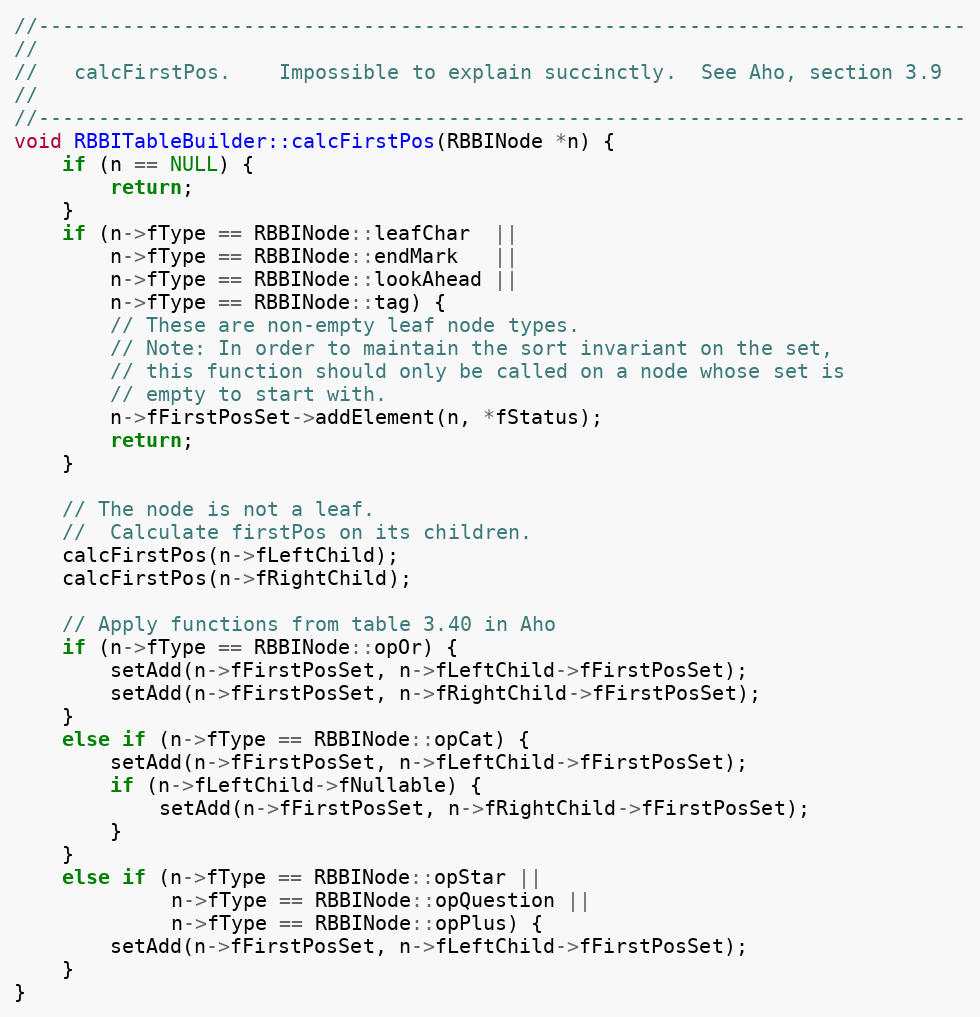
Language: C++
//-----------------------------------------------------------------------------
//
//   calcFirstPos.    Impossible to explain succinctly.  See Aho, section 3.9
//
//-----------------------------------------------------------------------------
void RBBITableBuilder::calcFirstPos(RBBINode *n) {
    if (n == NULL) {
        return;
    }
    if (n->fType == RBBINode::leafChar  ||
        n->fType == RBBINode::endMark   ||
        n->fType == RBBINode::lookAhead ||
        n->fType == RBBINode::tag) {
        // These are non-empty leaf node types.
        // Note: In order to maintain the sort invariant on the set,
        // this function should only be called on a node whose set is
        // empty to start with.
        n->fFirstPosSet->addElement(n, *fStatus);
        return;
    }

    // The node is not a leaf.
    //  Calculate firstPos on its children.
    calcFirstPos(n->fLeftChild);
    calcFirstPos(n->fRightChild);

    // Apply functions from table 3.40 in Aho
    if (n->fType == RBBINode::opOr) {
        setAdd(n->fFirstPosSet, n->fLeftChild->fFirstPosSet);
        setAdd(n->fFirstPosSet, n->fRightChild->fFirstPosSet);
    }
    else if (n->fType == RBBINode::opCat) {
        setAdd(n->fFirstPosSet, n->fLeftChild->fFirstPosSet);
        if (n->fLeftChild->fNullable) {
            setAdd(n->fFirstPosSet, n->fRightChild->fFirstPosSet);
        }
    }
    else if (n->fType == RBBINode::opStar ||
             n->fType == RBBINode::opQuestion ||
             n->fType == RBBINode::opPlus) {
        setAdd(n->fFirstPosSet, n->fLeftChild->fFirstPosSet);
    }
}